Annual report on the working of the mental hospitals in the Madras Presidency - 1912-1932
Year: 1912
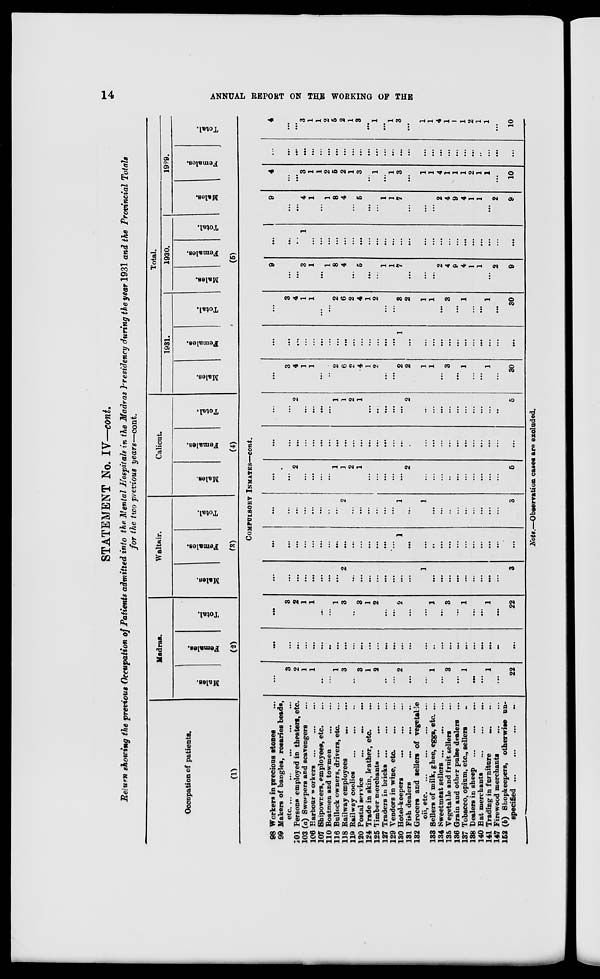
14
ANNUAL REPORT ON THE WORKING OF THE
STATEMENT No. IV—cont.
Return showing the previous Occupation of Patients admitted into the Mental Hospitals in the Madras Presidency during the year 1931 and the Provincial Totals
for the two previous years—cont.
Occupation of patients.
(1)
Madras.
Males.
Females.
Total.
(2)
Waltair.
Males.
Females.
Total.
(3)
Calicut.
Males.
Females.
Total.
(4)
Total.
1931.
Males.
Females.
Total.
1930.
Males.
Females.
Total.
1929.
Males.
Females.
Total.
(5)
COMPULSORY INMATES—cont.
98 Workers in precious stones ...
99 Makers of bangles, rosaries beads,
etc. ...
...
...
...
101 Persons employed in theaters, etc.
103 (a) Sweepers and scavengers ...
106 Harbour workers ...
107 Shipowners, employees, etc. ...
110 Boatmen and towmen
...
...
116 Bullock owners, drivers, etc. ...
118 Railway employees
... ...
119 Railway coolies
...
...
...
120 Postal service
...
...
...
124 Trade in skin, leather, etc. ...
125 Timber merchants ... ... ...
127 Traders in bricks
...
...
...
129 Vendors in wine, etc. ... ... ...
130 Hotel-keepers ... ... ... ...
131 Fish dealers
...
...
...
132 Grocers and sellers of vegetable
Oil,
etc.
...
...
...
...
133 Sellers of milk, ghee, eggs, etc. ...
134 Sweetmeat sellers
...
...
...
135 Vegetable and fruit sellers ...
136 Grain and other pulse dealers ...
137 Tobacco, opium, etc., sellers ...
138 Dealers in sheep
...
...
...
140 Hat merchants
...
...
...
141 Trading in furniture
... ...
147 Firewood merchants
...
...
152 (b) Shopkeepers, otherwise un-
specified ...
...
...
...
...
3
2
1
1
...
...
1
3
...
3
1
2
...
...
2
. ..
...
1
. ..
3
. ..
1
...
...
1
...
22
...
...
...
...
...
...
..
...
...
...
...
...
...
...
...
...
...
...
...
...
...
...
. ..
...
...
...
...
...
...
3
2
1
1
...
...
1
3
..
.
3
1
2
...
...
2
...
...
1
...
3
...
1
...
...
1
...
22
...
...
...
...
...
...
...
...
2
...
...
...
...
...
...
...
...
1
. ..
. ..
. ..
. ..
...
. ..
. ..
. ..
. . .
3
...
. ..
. ..
...
...
. ..
...
...
...
...
...
...
...
...
...
1
. ..
. ..
. .
. ..
. ..
...
. ..
. ..
. ..
. ..
. ..
. ..
...
...
...
...
...
...
...
...
2
...
. ..
...
...
...
...
1
...
1
...
...
..
...
...
...
...
...
...
3
. ..
. . .
2
...
. ..
...
. ..
1
1
2
1
...
...
...
...
...
2
...
...
...
...
...
...
...
...
...
...
5
...
...
...
...
...
...
...
...
...
...
...
...
...
...
...
...
...
...
...
...
...
...
...
...
...
...
...
...
...
2
...
. ..
...
. ..
1
1
2
1
...
...
...
...
...
2
...
...
...
...
...
...
...
...
...
5
. ..
3
4
1
1
...
...
2
6
2
4
1
2
...
...
2
2
1
1
. ..
3
...
1
...
...
1
...
30
...
...
...
...
...
...
...
...
...
...
...
...
...
...
...
1
...
...
...
...
...
...
...
...
...
...
...
...
...
3
4
1
1
...
...
2
6
2
4
1
2
...
...
3
2
1
1
...
3
...
1
. ..
. ..
1
...
30
9
...
...
3
1
...
1
8
4
...
5
...
...
1
1
7
...
...
...
2
4
9
4
1
1
...
2
9
...
...
...
1
...
...
...
...
...
...
...
...
...
...
...
...
...
...
...
...
...
...
...
...
...
...
...
...
9
...
...
4
...
...
1
8
4
...
5
...
...
1
1
7
...
...
...
2
4
9
4
1
1
...
2
9
4
. . .
. ..
3
1
1
1
5
2
...
3
...
1
...
1
3
...
1
1
4
1
1
1
2
1
1
...
10
...
...
...
...
...
...
...
...
...
...
...
...
...
...
...
...
...
...
...
...
...
...
...
...
...
...
...
...
4
. ..
. ..
3
1
1
2
5
2
1
3
...
1
...
1
3
...
1
1
4
1
1
1
2
1
1
...
10
Note.—Observation cases are excluded.